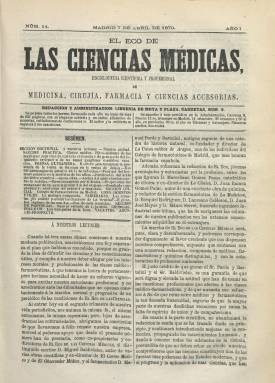
Título: El Eco de las ciencias médicas
Colección: Medicina || Farmacia
Ámbito geográfico: Madrid
Lugar de publicación: Madrid
Fechas: 07/04/1870-30/06/1870

Es continuación del semanario El Eco de las ciencias, que había comenzado a publicarse el dos de enero de 1870, y forma también parte de la colección de la Biblioteca Nacional de España. A partir de su número 14, de siete de abril de ese mismo año, amplía su título, permaneciendo el subtítulo que había adoptado previamente: “enciclopedia científica y popular de medicina, cirujía, farmacia y ciencias accesorias”. Aparecerá ahora cada jueves, en el mismo formato, y continuando su paginación correlativa.

Este cambio se produce coincidiendo con la incorporación como co-propietarios de la publicación del exdirector de El Correo médico-quirúrjico (1856-1858) y El Observador médico-quirúrjico (1859), el médico Miguel Baldivielso, y el cofundador y director de La Unión médica de Aragón (1856), el farmacéutico Manuel Pardo y Bartolini (1818-1880), que aparecerán también como co-directores, junto a su fundador, el farmacéutico Faustino Hernando Horcajo.

Se incorporan también como redactores el que lo había sido de la sección farmacéutica de La Medicina (1869), Juan Ramón Gómez Pamo (1846-1913), y el catedrático y exdirector de La Clínica, Marceliano (o Marcelino) Gómez Pamo, así como Ecequiel Rodríguez, Laureano Calderón, Juan José Hoyos y el ingeniero e industrial Mauro Serret.

Continuará teniendo también las mismas secciones: Doctrinal, Práctica, Prensa extranjera, Oficial, Conocimientos útiles, Variedades, Vacantes, Crónicas, Folletín y Anuncios.

El semanario publicará su entrega 26 y última el 30 de junio de 1870, en la que anuncia la disolución de la empresa editora, encargándose de sus suscripciones la también revista científica y profesional y órgano oficial de la Academia Médico-Quirúrjica Matritense El Pabellón médico (1861-1875), a cuya redacción se incorpora asimismo Hernando Horcajo, quien será después director literario de El Anfiteatro anatómico (1873-1875) y colaborador de El Globo (1875).